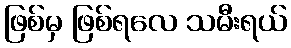
ဖြစ်မှ ဖြစ်ရလေ သမီးရယ်